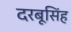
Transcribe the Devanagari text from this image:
दरबूसिंह